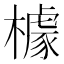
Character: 㯫